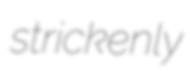
strickenly